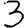
Digit: 3